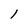
Character: l